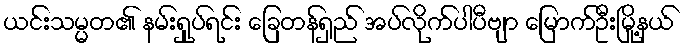
ယင်းသမ္မတ၏ နမ်းရှုပ်ရင်း ခြေတန်ရှည် အပ်လိုက်ပါပီဗျာ မြောက်ဦးမြို့နယ်